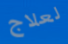
لعلاج